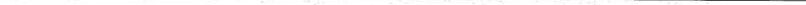
___